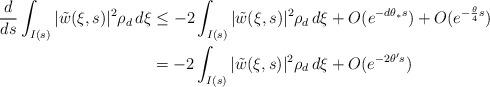
LaTeX: \begin{align*}\frac{d}{ds}\int_{I(s)} |\tilde{w}(\xi,s)|^2\rho_d\,d\xi & \le -2\int_{I(s)} |\tilde{w}(\xi,s)|^2\rho_d\,d\xi+O(e^{-d\theta_*s})+O(e^{-\frac{\theta}{4}s})\\ & =-2\int_{I(s)} |\tilde{w}(\xi,s)|^2\rho_d\,d\xi+O(e^{-2\theta' s})\end{align*}